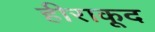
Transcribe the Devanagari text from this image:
हीराकूद